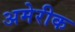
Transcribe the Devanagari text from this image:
अमेरीक